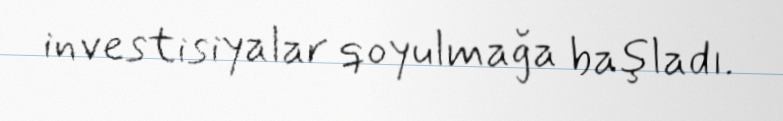
investisiyalar qoyulmağa başladı.